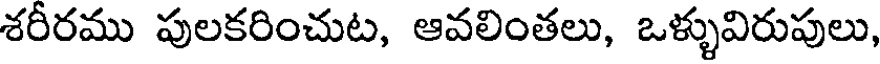
శరీరము పులకరించుట, ఆవలింతలు, ఒళ్ళువిరుపులు,